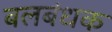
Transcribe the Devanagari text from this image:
बलबंधक